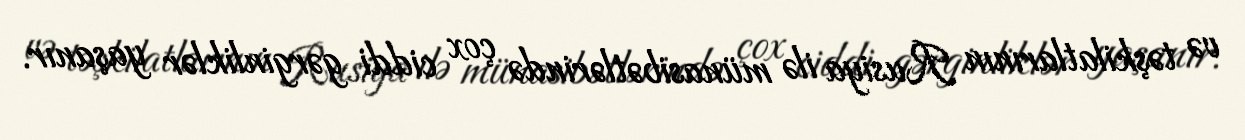
və təşkilatlarının Rusiya ilə münasibətlərində çox ciddi gərginliklər yaşanır.